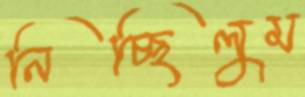
নিচ্ছিলুম